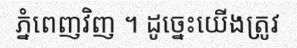
ភ្នំពេញវិញ ។ ដូច្នេះយើងត្រូវ